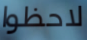
لاحظوا